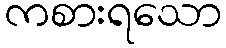
ကစားရသော